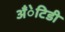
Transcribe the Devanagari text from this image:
अँेटिडी